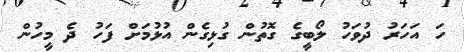
ހަ އަހަރު ދުވަހު ލޯބީގެ ގޮތުން ގުޅިގެން އުޅުމަށް ފަހު ދެ މީހުން